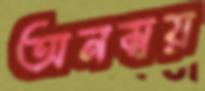
অনম্বয়